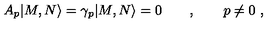
A _ { p } | M , N \rangle = \gamma _ { p } | M , N \rangle = 0 \qquad , \qquad p \neq 0 \ ,